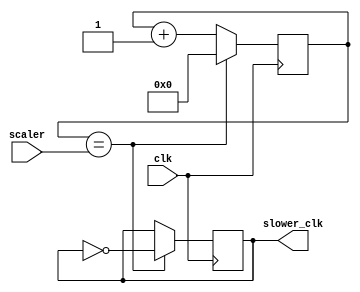
/*  
    Scales an input clock down by some SCALER value. 

    slower_clk = clk / SCALER 
*/

module clock_scaler 
    #(
        parameter SCALER_WIDTH = 31
    )
    (  
        input  clk,
		  input  [SCALER_WIDTH - 1 : 0] scaler,
        output reg slower_clk
    );

    reg [SCALER_WIDTH:0] counter = 0;
	 
	 initial begin
		slower_clk <= 1'b0;
	 end 
	 
    always @(posedge clk) begin

        counter <= counter + 1;

        if (counter == scaler) begin
            slower_clk <= ~slower_clk;
            counter <= 0;
        end
    end

endmodule